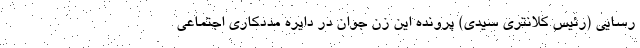
رسایی (رئیس کلانتری سیدی) پرونده این زن جوان در دایره مددکاری اجتماعی